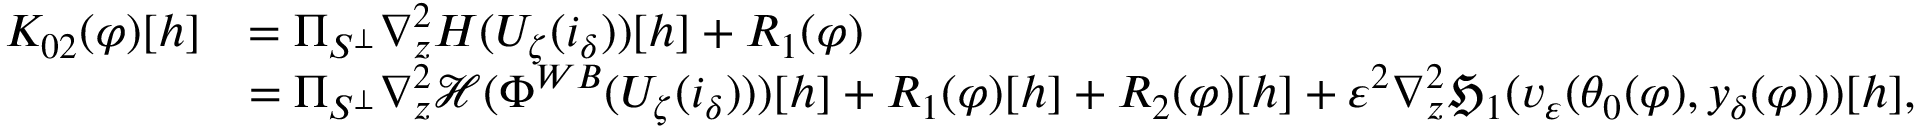
\begin{array} { r l } { K _ { 0 2 } ( \varphi ) [ h ] } & { = \Pi _ { S ^ { \perp } } \nabla _ { z } ^ { 2 } H ( U _ { \zeta } ( i _ { \delta } ) ) [ h ] + R _ { 1 } ( \varphi ) } \\ & { = \Pi _ { S ^ { \perp } } \nabla _ { z } ^ { 2 } \mathcal { H } ( \Phi ^ { W B } ( U _ { \zeta } ( i _ { \delta } ) ) ) [ h ] + R _ { 1 } ( \varphi ) [ h ] + R _ { 2 } ( \varphi ) [ h ] + \varepsilon ^ { 2 } \nabla _ { z } ^ { 2 } \mathfrak { H } _ { 1 } ( v _ { \varepsilon } ( \theta _ { 0 } ( \varphi ) , y _ { \delta } ( \varphi ) ) ) [ h ] , } \end{array}